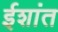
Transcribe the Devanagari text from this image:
ईशांत